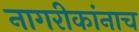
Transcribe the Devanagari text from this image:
नागरीकांनाच